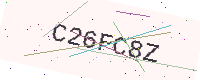
Text: C26FC8Z